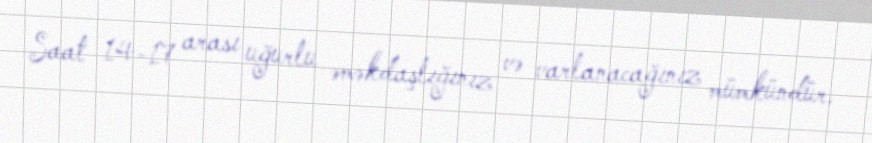
Saat 14-17 arası uğurlu əməkdaşlığınız və varlanacağınız mümkündür.